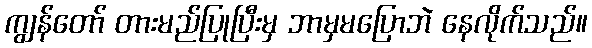
ကျွန်တော် တားမည်ပြုပြီးမှ ဘာမှမပြောဘဲ နေလိုက်သည်။